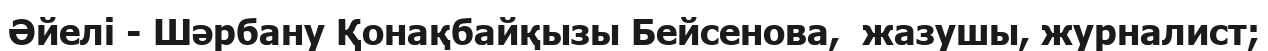
Әйелі - Шәрбану Қонақбайқызы Бейсенова,  жазушы, журналист;